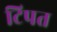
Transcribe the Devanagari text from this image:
टिपत